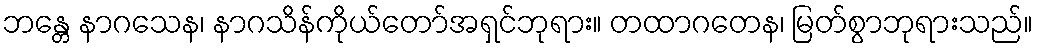
ဘန္တေ နာဂသေန၊ နာဂသိန်ကိုယ်တော်အရှင်ဘုရား။ တထာဂတေန၊ မြတ်စွာဘုရားသည်။